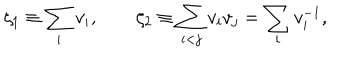
\zeta _ { 1 } \equiv \sum _ { i } v _ { i } , \qquad \zeta _ { 2 } \equiv \sum _ { i < j } v _ { i } v _ { j } = \sum _ { i } v _ { i } ^ { - 1 } ,